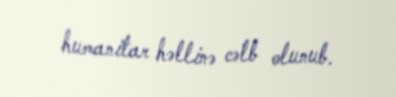
humanitar həllinə cəlb olunub.